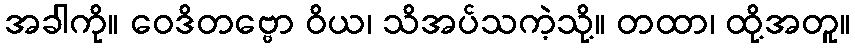
အခါကို။ ဝေဒိတဗ္ဗော ဝိယ၊ သိအပ်သကဲ့သို့။ တထာ၊ ထို့အတူ။